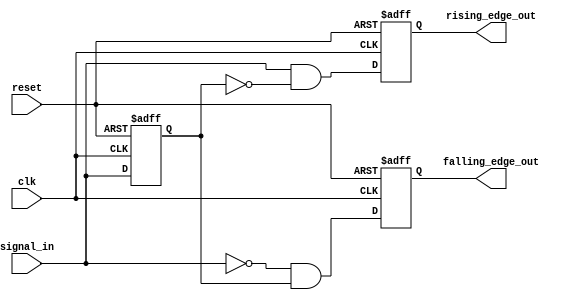
module pulse_edge_detector (
    input wire clk,            // Clock signal
    input wire reset,          // Asynchronous reset signal
    input wire signal_in,      // Input signal to detect edges
    output reg rising_edge_out, // Output pulse for rising edge
    output reg falling_edge_out  // Output pulse for falling edge
);

    // Internal signal to hold the previous state of signal_in
    reg previous_state;

    // Always block for edge detection and pulse generation
    always @(posedge clk or posedge reset) begin
        if (reset) begin
            // Initialize outputs and previous state on reset
            rising_edge_out <= 1'b0;
            falling_edge_out <= 1'b0;
            previous_state <= 1'b0;
        end else begin
            // Edge detection logic
            rising_edge_out <= (signal_in && !previous_state); // Rising edge detected
            falling_edge_out <= (!signal_in && previous_state); // Falling edge detected
            
            // Update previous state
            previous_state <= signal_in;
        end
    end

endmodule